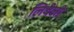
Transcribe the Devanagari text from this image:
लिबेली